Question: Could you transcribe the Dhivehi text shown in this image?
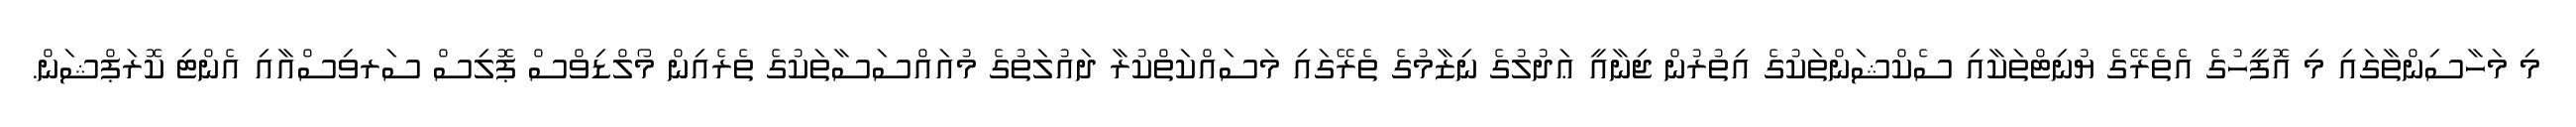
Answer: މި މަހާސިންތާގައި މި އޮފީހުގެ އެތެރޭގެ ޔުނިޓްތަކާއި ސެކްޝަންތަކުގެ އިތުރުން ޖިނާއީ ޢަދުލުގެ ނިޒާމުގެ ތެރޭގައި މަސައްކަތްކުރާ ދައުލަތުގެ މުއައްސަސާތަކުގެ ތެރެއިން މޯލްޑިވްސް ޕޮލިސް ސަރވިސްއާއި އެންޓި ކޮރަޕްޝަން.